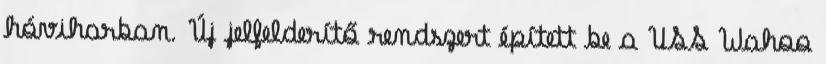
hóviharban. Új jelfelderítő rendszert épített be a USS Wahoo